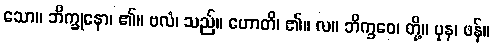
သော။ ဘိက္ခုနော၊ ၏။ ဗလံ၊ သည်။ ဟောတိ၊ ၏။ လ။ ဘိက္ခဝေ၊ တို့။ ပုန၊ ဖန်။